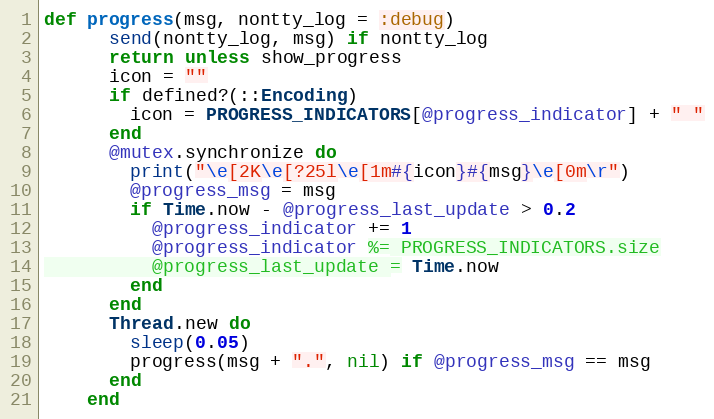
Language: Ruby
def progress(msg, nontty_log = :debug)
      send(nontty_log, msg) if nontty_log
      return unless show_progress
      icon = ""
      if defined?(::Encoding)
        icon = PROGRESS_INDICATORS[@progress_indicator] + " "
      end
      @mutex.synchronize do
        print("\e[2K\e[?25l\e[1m#{icon}#{msg}\e[0m\r")
        @progress_msg = msg
        if Time.now - @progress_last_update > 0.2
          @progress_indicator += 1
          @progress_indicator %= PROGRESS_INDICATORS.size
          @progress_last_update = Time.now
        end
      end
      Thread.new do
        sleep(0.05)
        progress(msg + ".", nil) if @progress_msg == msg
      end
    end